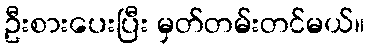
ဦးစားပေးပြီး မှတ်တမ်းတင်မယ်။